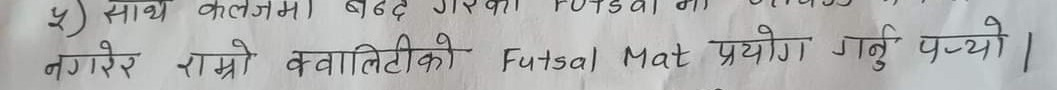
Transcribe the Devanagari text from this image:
५) साथै कलेजमा बन्द गरिका FUTSAL मा अभ्यास
नगरेर राम्रो क्वालिटीको Futsal, Mat प्रयोग गर्नु पर्थ्यो।